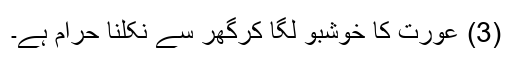
(3) عورت کا خوشبو لگا کرگھر سے نکلنا حرام ہے۔